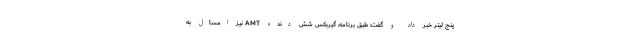
پنج لیتر خبر داد و گفت: طبق برنامه، گیربکس شش دنده AMT نیز امسال به